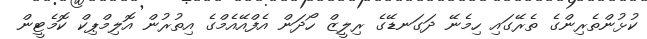
ކުޅުންތެރިންގެ ތެރޭގައި ހިމެނޭ ދަގަނޑޭގެ ރިލީޒް ހޯދަން އެފްއޭއެމްގެ އިތުރުން އޮލިމްޕިކް ކޮމެޓީން